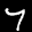
Label: 7